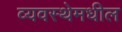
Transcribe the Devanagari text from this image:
व्यवस्थेमधील